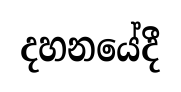
දහනයේදී